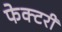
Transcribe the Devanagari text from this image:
फेक्टरी